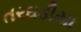
તરઘડીયા